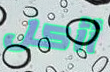
أأكل